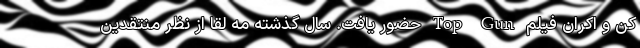
کن و اکران فیلم Top Gun حضور یافت. سال گذشته مه لقا از نظر منتقدین